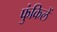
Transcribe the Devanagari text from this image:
फुंकिलें